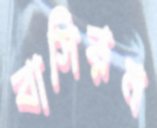
বাসিরন